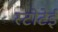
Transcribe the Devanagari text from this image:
स्टोटेई